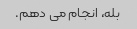
بله، انجام می دهم.